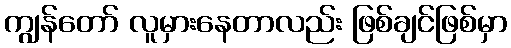
ကျွန်တော် လူမှားနေတာလည်း ဖြစ်ချင်ဖြစ်မှာ